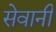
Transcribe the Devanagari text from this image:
सेवानी